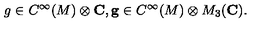
g \in C ^ { \infty } ( M ) \otimes { \bf C } , { \bf g } \in C ^ { \infty } ( M ) \otimes M _ { 3 } ( { \bf C } ) .